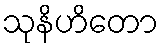
သုနိဟိတော